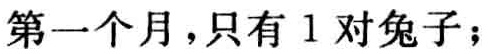
第一个月，只有 1 对兔子；